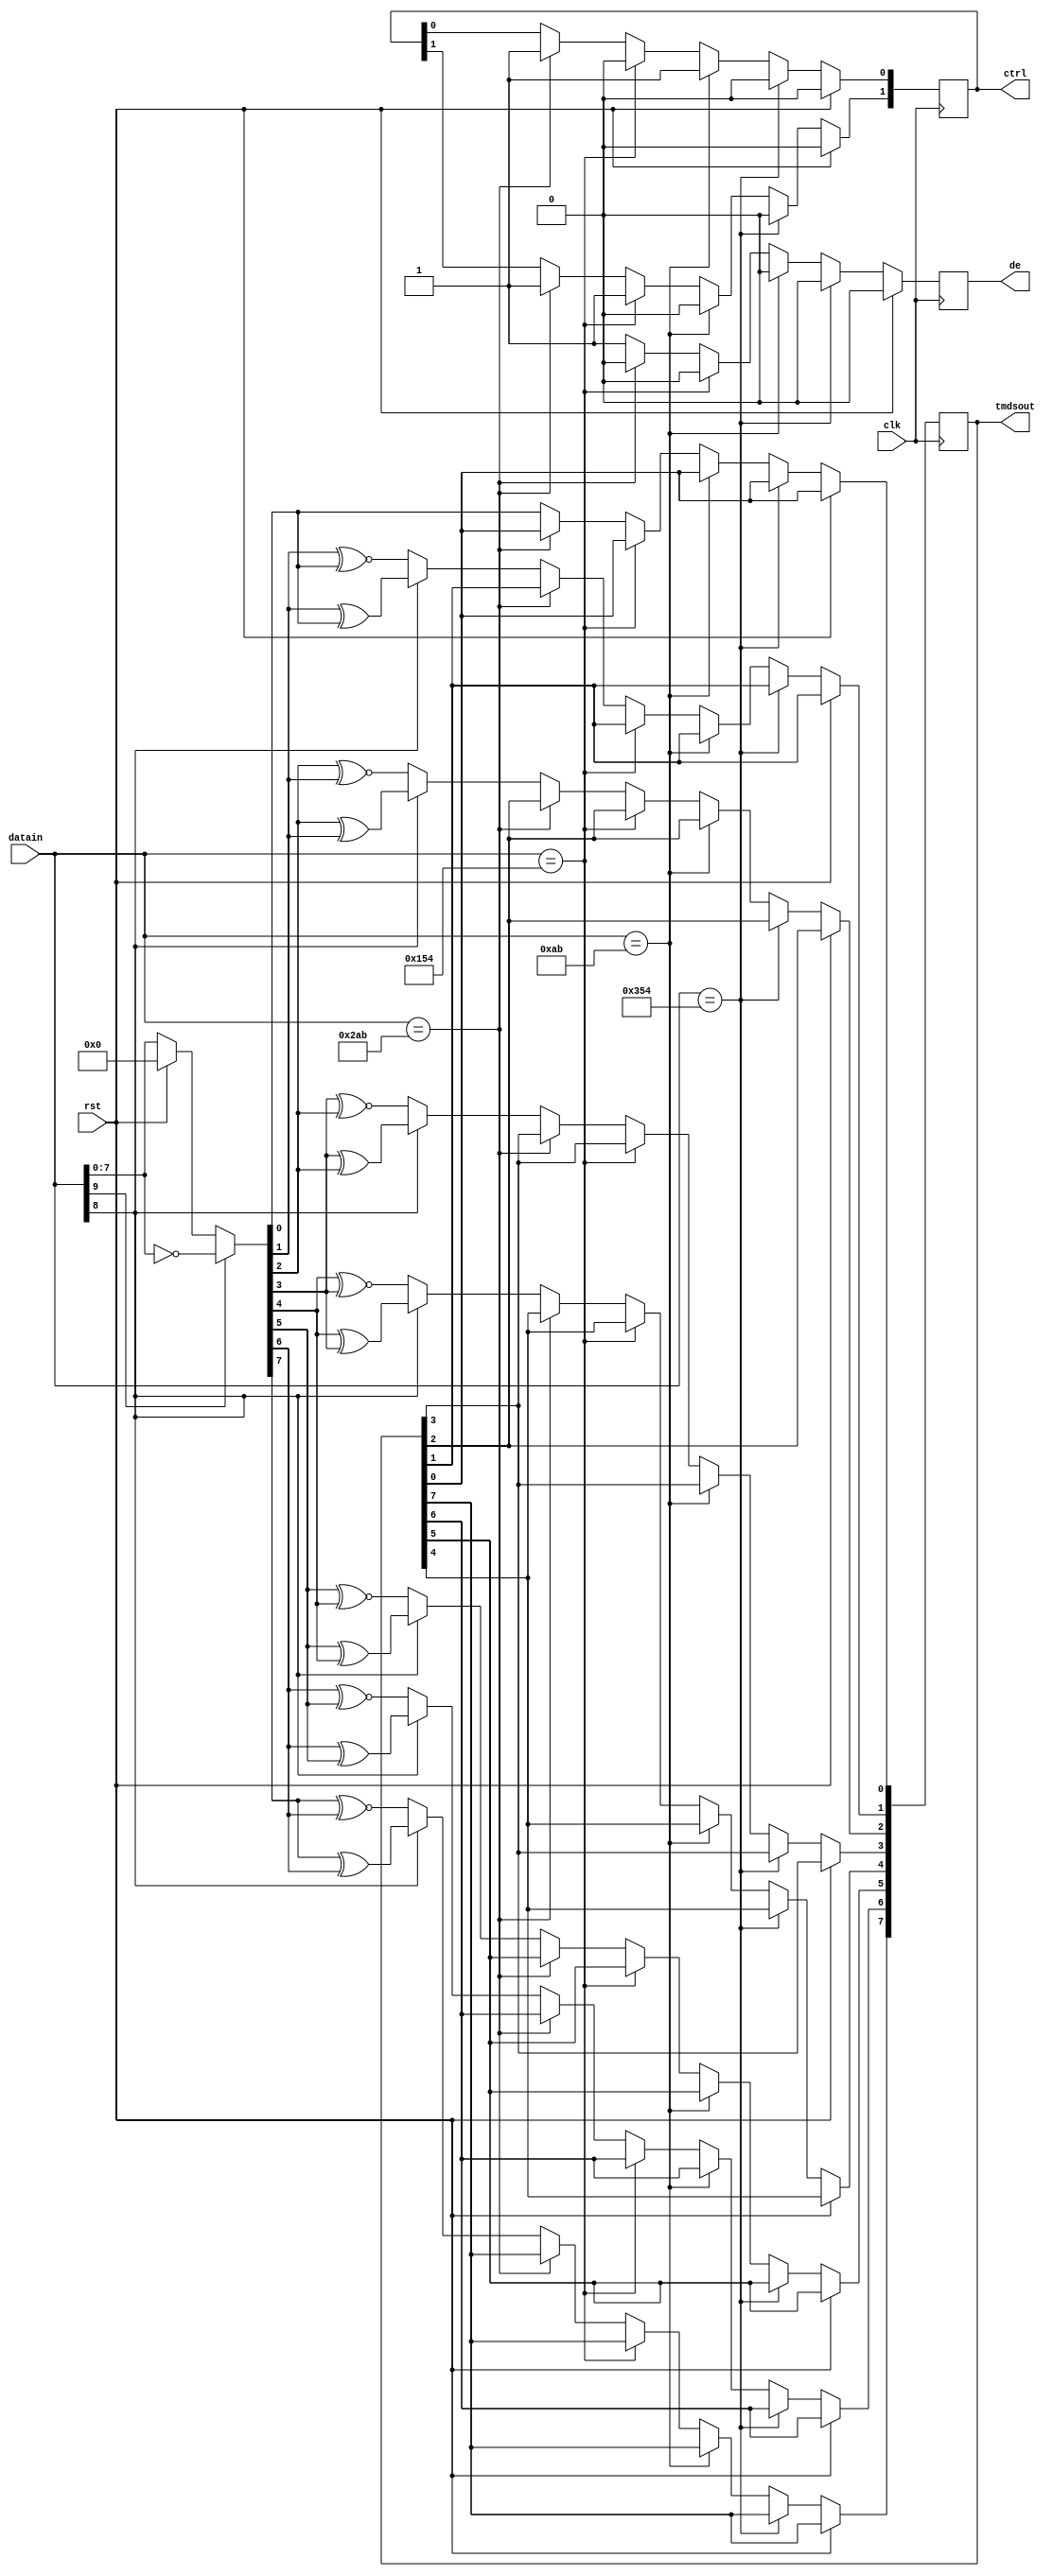
/*
----------------------------------------
Stereoscopic Vision System
Senior Design Project - Team 11
California State University, Sacramento
Spring 2015 / Fall 2015
----------------------------------------
TMDS Encoder
Authors:  Miad Rouhani
Description:
  TMDS TMDSdecoder
*/

module TMDS_decoder (
  input clk, 
  input rst,
  input [9:0] datain,
  output reg  de,     
  output reg [7:0] tmdsout, output reg [1:0] ctrl);
  
  parameter CRTPAR0 =10'b1101010100;
  parameter CRTPAR1 =10'b0010101011;
  parameter CRTPAR2 =10'b0101010100;
  parameter CRTPAR3 =10'b1010101011;

  wire [7:0] data;
  assign data = (datain[9]) ? ~datain[7:0] : (rst) ? 0 : datain[7:0]; 

  always @ (posedge clk)
	begin
		if(rst)begin
		          ctrl <= 0;
		          de   <= 0;
		end else begin
			if(datain==CRTPAR0) begin
				  ctrl[0] <= 1'b0;
				  ctrl[1]<= 1'b0;
				  de <= 1'b0;


			end else if (datain==CRTPAR1) begin
				  ctrl[0] <= 1'b1;
				  ctrl[1] <= 1'b0;
				  de <= 1'b0;
			   

			end else if (datain==CRTPAR2) begin
				  ctrl[0] <= 1'b0;
				  ctrl[1] <= 1'b1;
				  de <= 1'b0;
			 
		  
			end else if (datain==CRTPAR3) begin
				  ctrl[0] <= 1'b1;
				  ctrl[1] <= 1'b1;
				  de <= 1'b0;
			   
				
			end else begin 
				  tmdsout[0] <= data[0];
				  tmdsout[1] <= (datain[8]) ? (data[1] ^ data[0]) : (data[1] ~^ data[0]);
				  tmdsout[2] <= (datain[8]) ? (data[2] ^ data[1]) : (data[2] ~^ data[1]);
				  tmdsout[3] <= (datain[8]) ? (data[3] ^ data[2]) : (data[3] ~^ data[2]);
				  tmdsout[4] <= (datain[8]) ? (data[4] ^ data[3]) : (data[4] ~^ data[3]);
				  tmdsout[5] <= (datain[8]) ? (data[5] ^ data[4]) : (data[5] ~^ data[4]);
				  tmdsout[6] <= (datain[8]) ? (data[6] ^ data[5]) : (data[6] ~^ data[5]);
				  tmdsout[7] <= (datain[8]) ? (data[7] ^ data[6]) : (data[7] ~^ data[6]);

				  de <= 1'b1;
			end  
		end // rst
    
	end

endmodule